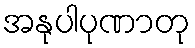
အနုပါပုဏာတု